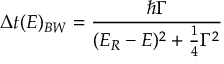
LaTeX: \Delta t ( E ) _ { B W } = { \frac { \hbar \Gamma } { ( E _ { R } - E ) ^ { 2 } + { \frac { 1 } { 4 } } \Gamma ^ { 2 } } }